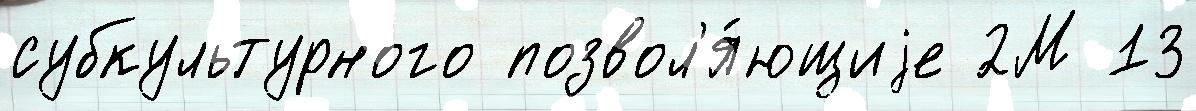
субкультурного позвол'я́ющиjе 2М 13